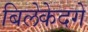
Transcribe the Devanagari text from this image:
बिलेकेदगे